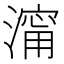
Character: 澝